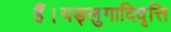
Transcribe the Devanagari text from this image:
हैं।यङ्लुगादिवृत्ति